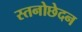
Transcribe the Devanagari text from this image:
स्तनोछेदन